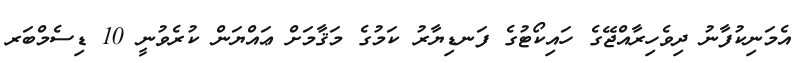
އެމަނިކުފާނު ދިވެހިރާއްޖޭގެ ހައިކޯޓުގެ ފަނޑިޔާރު ކަމުގެ މަޤާމަށް ޢައްޔަން ކުރެވުނީ 10 ޑިސެމްބަރ